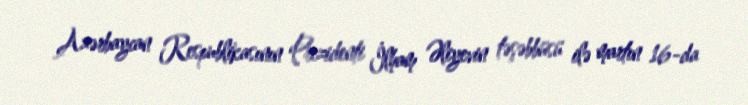
Azərbaycan Respublikasının Prezidenti İlham Əliyevin təşəbbüsü ilə martın 16-da